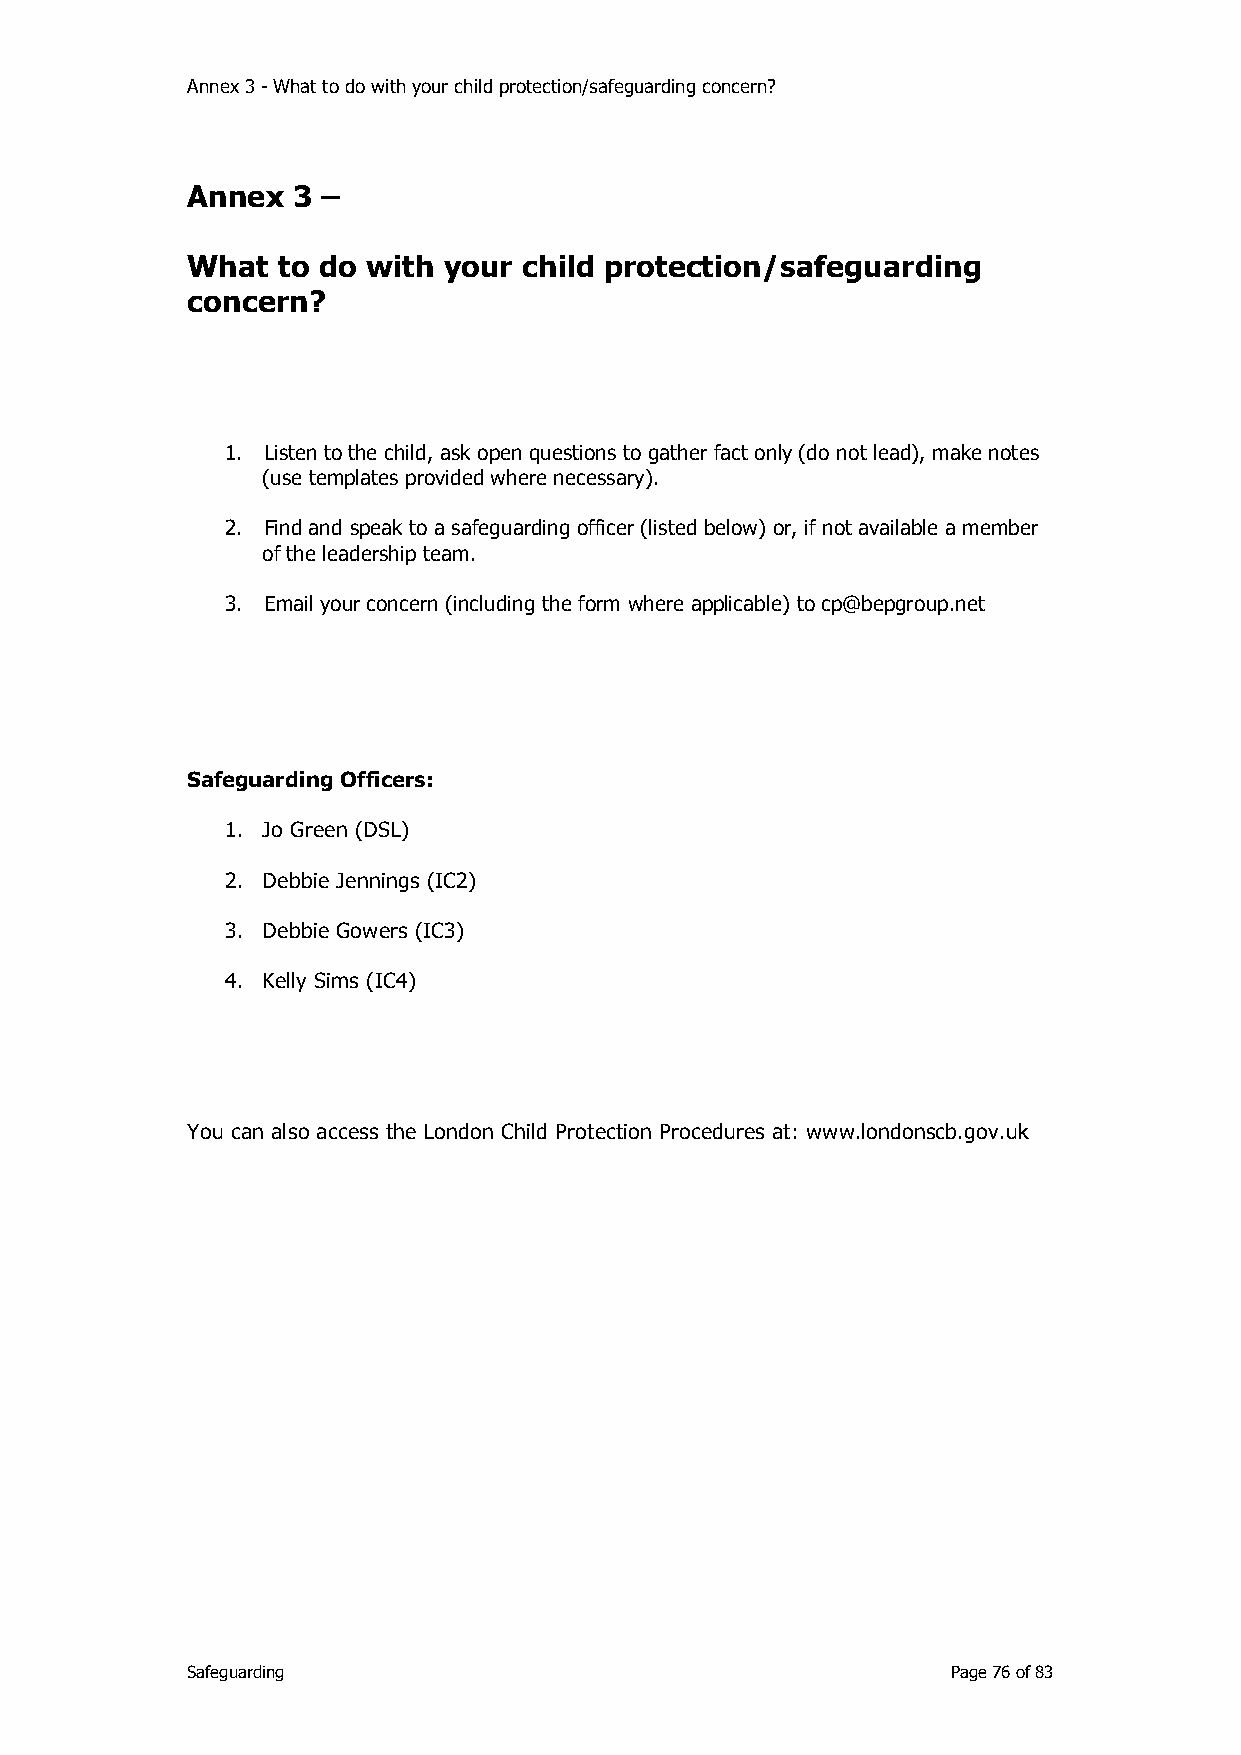
Annex 3 - What to do with your child protection/safeguarding concern?
 Annex  3 –
 What  to do with your  child protection/safeguarding
 concern?
 1. Listen to the child, ask open questions to gather fact only (do not lead), make notes
 (use templates provided where necessary).
 2. Find and speak to a safeguarding officer (listed below) or, if not available a member
 of the leadership team.
 3. Email your concern (including the form where applicable) to cp@bepgroup.net
 Safeguarding Officers:
 1. Jo Green (DSL)
 2. Debbie Jennings (IC2)
 3. Debbie Gowers (IC3)
 4. Kelly Sims (IC4)
 You can also access the London Child Protection Procedures at: www.londonscb.gov.uk
 Safeguarding                                       Page 76 of 83